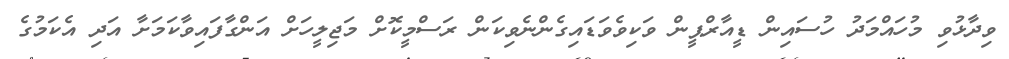
ވިދާޅުވި މުހައްމަދު ހުސައިން ޑީއާރްޕީން ވަކިވެވަޑައިގެންނެވިކަން ރަސްމީކޮށް މަޖިލީހަށް އަންގާފައިވާކަމަށާ އަދި އެކަމުގެ